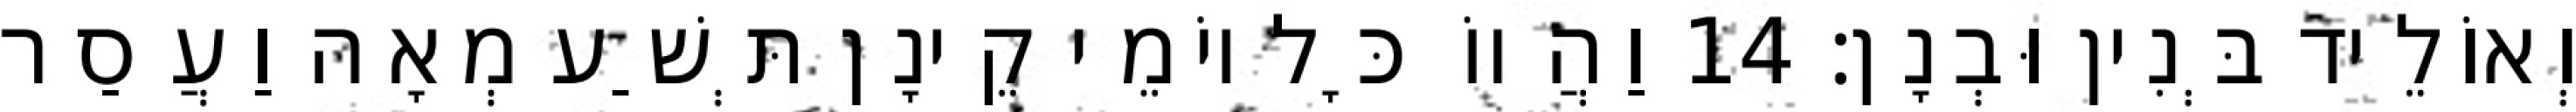
וְאוֹלֵיד בְּנִין וּבְנָן׃ 14 וַהֲווֹ כָּל יוֹמֵי קֵינָן תְּשַׁע מְאָה וַעֲסַר